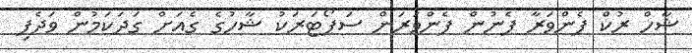
ޝާހް ރުކް ފެންވަރާ ފެނުން ފެންވަރަން ސަޕޯޓަރަކު ޝާހުގެ ގެއަށް ގަދަކަމުން ވަދެފި